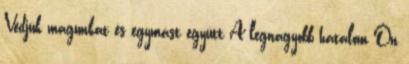
Védjük magunkat és egymást együtt A legnagyobb hatalom Ön